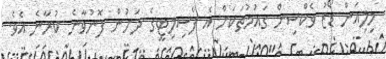
މިލިއަން ޑޯޒު ވެކްސިން ގައުމުތަކަށް އެ ފެސިލިޓީގެ ދަށުން ފޮނުވާނެ ކުރާނެ އެވެ.